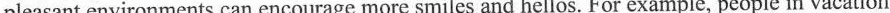
pleasant environments can encourage more smiles and hellos. For example, people in vacation